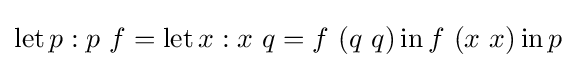
\operatorname {let} p:p\ f=\operatorname {let} x:x\ q=f\ (q\ q)\operatorname {in} f\ (x\ x)\operatorname {in} p